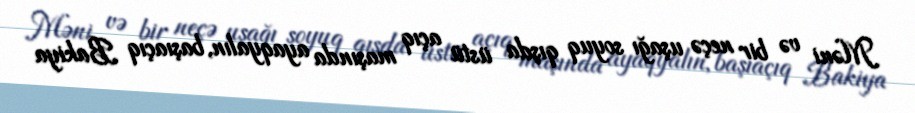
Məni və bir neçə uşağı soyuq qışda üstü açıq maşında ayaqyalın, başıaçıq Bakiya